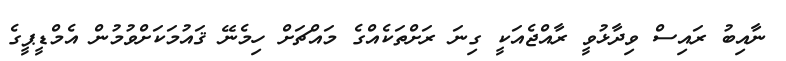
ނާއިބު ރައިސް ވިދާޅުވީ ރާއްޖެއަކީ ގިނަ ރަށްތަކެއްގެ މައްޗަށް ހިމެނޭ ޤައުމަކަށްވުމުން އެމްޑީޕީގެ